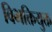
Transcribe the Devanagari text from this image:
विभक्तियुक्त